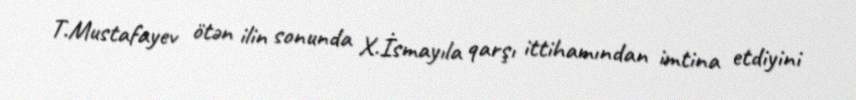
T.Mustafayev ötən ilin sonunda X.İsmayıla qarşı ittihamından imtina etdiyini